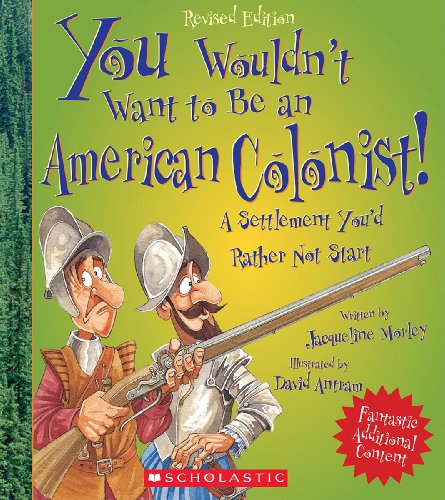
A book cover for You Wouldn't Want to Be an American Colonist!; Jacqueline Morley; Children's Books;